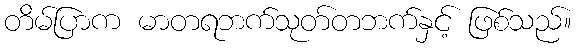
တိမ်ပြာက မာတရဘက်သုတ်တဘက်နှင့် ဖြစ်သည်။